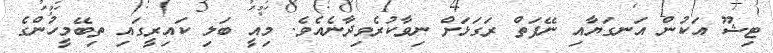
ޓިޝޫ އަކުން އަނގަޔާއި ނޭފަތް ރަގަޅަށް ނިވާކުރެވިދާނެއެވެ. މިއީ ބަލި ކައިރީގައި ތިބޭމީހުންގެ